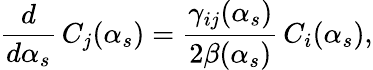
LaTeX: \frac{d}{d\alpha_{s}}\, C_{j}(\alpha_{s})=\frac{\gamma_{ij}(\alpha_{s})}{2\beta(\alpha_{s})}\, C_{i}(\alpha_{s}),